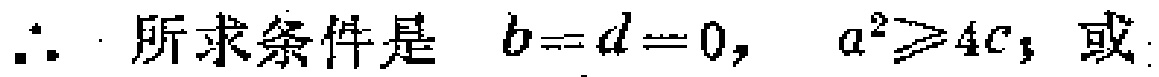
$\therefore$ 所求条件是 $b = d = 0,\ a^{2}\geqslant 4c,$ 或